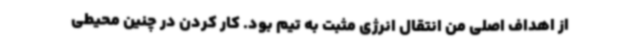
از اهداف اصلی من انتقال انرژی مثبت به تیم بود. کار کردن در چنین محیطی